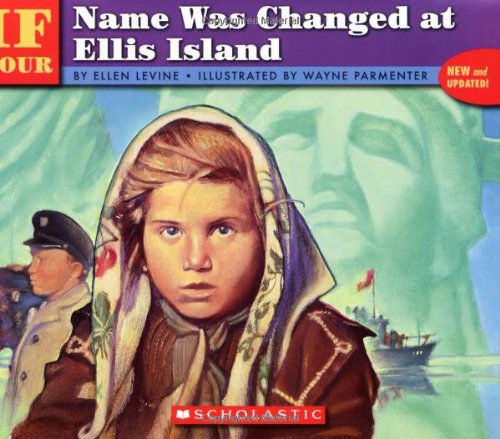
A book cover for If Your Name Was Changed At Ellis Island; Ellen Levine; Politics & Social Sciences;